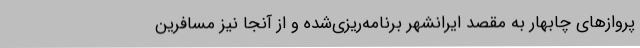
پروازهای چابهار به مقصد ایرانشهر برنامه‌ریزی‌شده و از آنجا نیز مسافرین